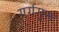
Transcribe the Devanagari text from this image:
गर्गगुरू